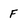
Character: F